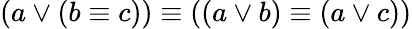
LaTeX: (a\lor(b\equiv c))\equiv((a\lor b)\equiv(a\lor c))